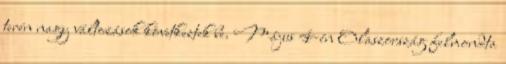
terén nagy változások következtek be. Május 4-én Olaszország felmondta